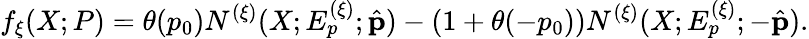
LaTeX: f_{\xi}(X;P)=\theta(p_{0})N^{(\xi)}(X;E_{p}^{(\xi)};\hat{\mathbf p})-(1+\theta(-p_{0}))N^{(\xi)}(X;E_{p}^{(\xi)};-\hat{\mathbf p}).